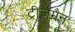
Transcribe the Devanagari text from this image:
ट्रीज़मैन